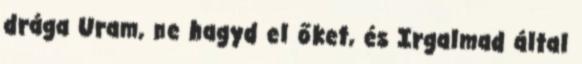
drága Uram, ne hagyd el őket, és Irgalmad által